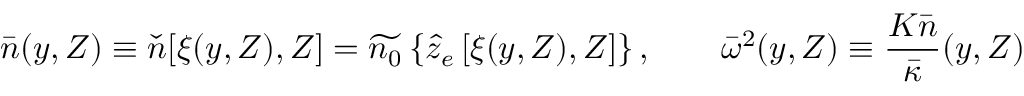
\bar { n } ( y , Z ) \equiv \check { n } [ \xi ( y , Z ) , Z ] = \widetilde { n _ { 0 } } \left\{ \hat { z } _ { e } \left[ \xi ( y , Z ) , Z \right] \right\} , \qquad { \bar { \omega } } ^ { 2 } ( y , Z ) \equiv \frac { K \bar { n } } { \bar { \kappa } } ( y , Z )